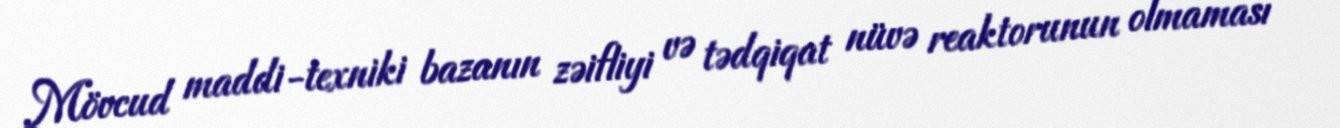
Mövcud maddi-texniki bazanın zəifliyi və tədqiqat nüvə reaktorunun olmaması